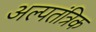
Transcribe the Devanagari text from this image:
अल्पतंत्रिक